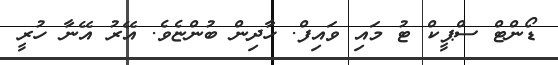
ޑޯންޓް ސްޕީކް ޓު މައި ވައިފް. ހާދިން ބުންޏެވެ. އޭރު އޭނާ ހުރީ